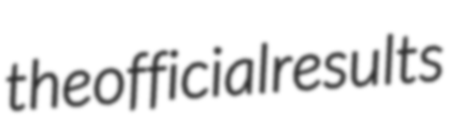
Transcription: the official results